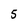
Character: 5